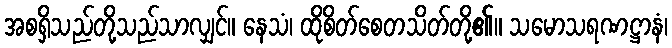
အစရှိသည်တို့သည်သာလျှင်။ နေသံ၊ ထိုစိတ်စေတသိတ်တို့၏။ သမောသရဏဋ္ဌာနံ၊